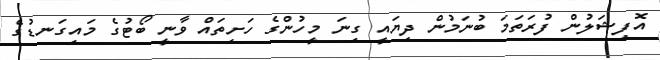
އޮފިޝަލުން ފުރަަތަމަ ބުނަމުން ދިޔައީ ގިނަ މީހުންގެ ހަށިތައް ވާނީ ބޯޓުގެ މަައިގަނޑުގެ